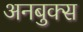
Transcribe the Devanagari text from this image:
अनबुक्स